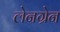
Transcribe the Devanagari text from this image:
लेनग्रेन